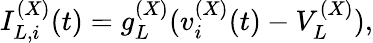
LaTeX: I_{L,i}^{(X)}(t)=g_{L}^{(X)}(v_{i}^{(X)}(t)-V_{L}^{(X)}),